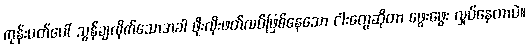
ကုန်းပတ်ပေါ် သွန်ချလိုက်သောအခါ ဖိုးလိုးဖတ်လပ်ဖြစ်နေသော ငါးတွေဆိုတာ ဖွေးဖွေး လှုပ်နေတာပဲ။